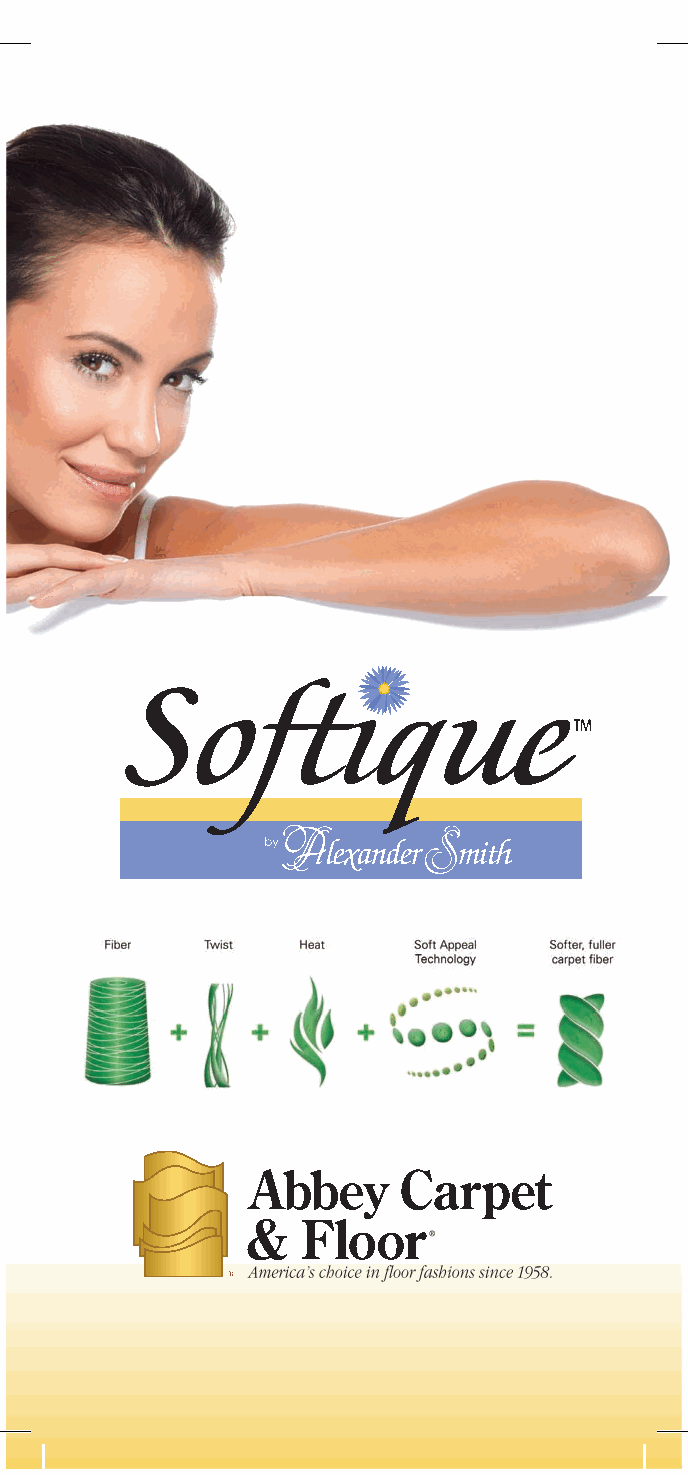
High
 Performance
 Soft
 Appeal Technology .
 TM
 Touchable, Lovable, Caressable Softness
 Nothing feels better to the touch than
 SoftiqueTM carpet featuring High Performance
 Soft Appeal TechnologyTM.
 High Performance Soft Appeal TechnologyTM
 combinds twist, heat and proprietary
 process that delivers a supremely soft,
 plush fiber making SoftiqueTM the
 softest nylon fiber in carpet.